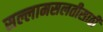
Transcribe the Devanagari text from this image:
सल्लामसलतीसाठी